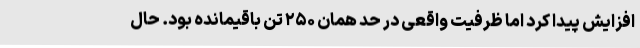
افزایش پیدا کرد اما ظرفیت واقعی در حد همان ۲۵۰ تن باقیمانده بود. حال